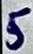
Text: 5